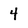
Character: 4